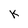
Character: K